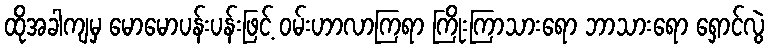
ထိုအခါကျမှ မောမောပန်းပန်းဖြင့် ဝမ်းဟာလာကြရာ ကြိုးကြာသားရော ဘာသားရော ရှောင်လွဲ